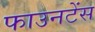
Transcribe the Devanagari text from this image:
फाउनटेंस